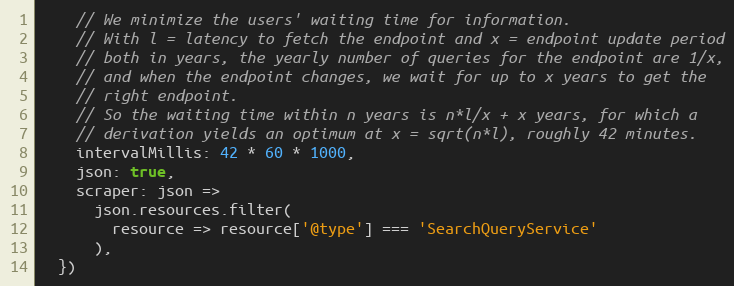
Language: JavaScript
    // We minimize the users' waiting time for information.
    // With l = latency to fetch the endpoint and x = endpoint update period
    // both in years, the yearly number of queries for the endpoint are 1/x,
    // and when the endpoint changes, we wait for up to x years to get the
    // right endpoint.
    // So the waiting time within n years is n*l/x + x years, for which a
    // derivation yields an optimum at x = sqrt(n*l), roughly 42 minutes.
    intervalMillis: 42 * 60 * 1000,
    json: true,
    scraper: json =>
      json.resources.filter(
        resource => resource['@type'] === 'SearchQueryService'
      ),
  })